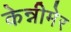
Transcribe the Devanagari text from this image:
केन्नीमेर